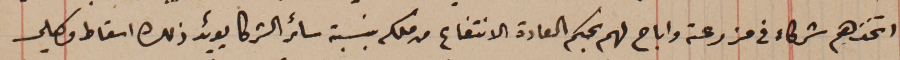
اتخذهم شركاء في مزرعته واباح لهم بحكم العادة الانتفاع من ملكه بنسبة سائر الشركا يؤيد ذلك اسقاط وكيلي